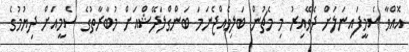
އޮއްވާ ސެމީފައިނަލަށް ދެވޭއިރު މި މެޗުން ބަލިވެއްޖެނަމަ ބަންގްލަދޭޝްއަށް މުބާރާތުގެ ސެމީއަށް ދިޔުމުގެ